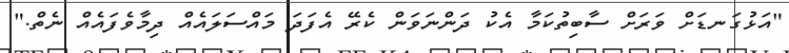
"އަޅުގަނޑަށް ވަރަށް ސާބިތުކަމާ އެކު ދަންނަވަން ކެރޭ އެފަދަ މައްސަލައެއް ދިމާވެފައެއް ނެތް."